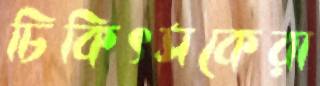
চিকিৎসকেরা